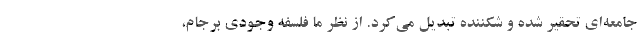
جامعه‌ای تحقیر شده و شکننده تبدیل می‌کرد. از نظر ما فلسفه وجودی برجام،